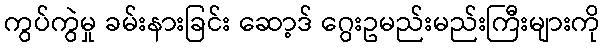
ကွပ်ကွဲမှု ခမ်းနားခြင်း ဆော့ဒ် ဂွေးဥမည်းမည်းကြီးများကို